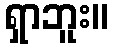
ရှာဘူး။